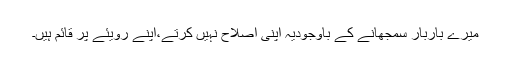
میرے باربار سمجھانے کے باوجودیہ اپنی اصلاح نہیں کرتے،اپنے رویئے پر قائم ہیں۔